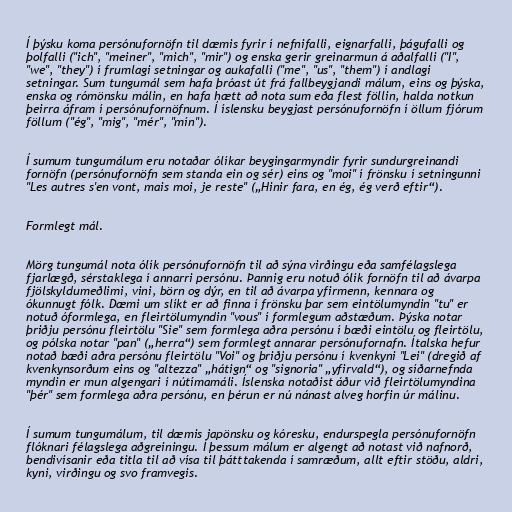
Í þýsku koma persónufornöfn til dæmis fyrir í nefnifalli, eignarfalli, þágufalli og
þolfalli ("ich", "meiner", "mich", "mir") og enska gerir greinarmun á aðalfalli ("I",
"we", "they") í frumlagi setningar og aukafalli ("me", "us", "them") í andlagi
setningar. Sum tungumál sem hafa þróast út frá fallbeygjandi málum, eins og þýska,
enska og rómönsku málin, en hafa hætt að nota sum eða flest föllin, halda notkun
þeirra áfram í persónufornöfnum. Í íslensku beygjast persónufornöfn í öllum fjórum
föllum ("ég", "mig", "mér", "mín").

Í sumum tungumálum eru notaðar ólíkar beygingarmyndir fyrir sundurgreinandi
fornöfn (persónufornöfn sem standa ein og sér) eins og "moi" í frönsku í setningunni
"Les autres s'en vont, mais moi, je reste" („Hinir fara, en ég, ég verð eftir“).

Formlegt mál.

Mörg tungumál nota ólík persónufornöfn til að sýna virðingu eða samfélagslega
fjarlægð, sérstaklega í annarri persónu. Þannig eru notuð ólík fornöfn til að ávarpa
fjölskyldumeðlimi, vini, börn og dýr, en til að ávarpa yfirmenn, kennara og
ókunnugt fólk. Dæmi um slíkt er að finna í frönsku þar sem eintölumyndin "tu" er
notuð óformlega, en fleirtölumyndin "vous" í formlegum aðstæðum. Þýska notar
þriðju persónu fleirtölu "Sie" sem formlega aðra persónu í bæði eintölu og fleirtölu,
og pólska notar "pan" („herra“) sem formlegt annarar persónufornafn. Ítalska hefur
notað bæði aðra persónu fleirtölu "Voi" og þriðju persónu í kvenkyni "Lei" (dregið af
kvenkynsorðum eins og "altezza" „hátign“ og "signoria" „yfirvald“), og síðarnefnda
myndin er mun algengari í nútímamáli. Íslenska notaðist áður við fleirtölumyndina
"þér" sem formlega aðra persónu, en þérun er nú nánast alveg horfin úr málinu.

Í sumum tungumálum, til dæmis japönsku og kóresku, endurspegla persónufornöfn
flóknari félagslega aðgreiningu. Í þessum málum er algengt að notast við nafnorð,
bendivísanir eða titla til að vísa til þátttakenda í samræðum, allt eftir stöðu, aldri,
kyni, virðingu og svo framvegis.